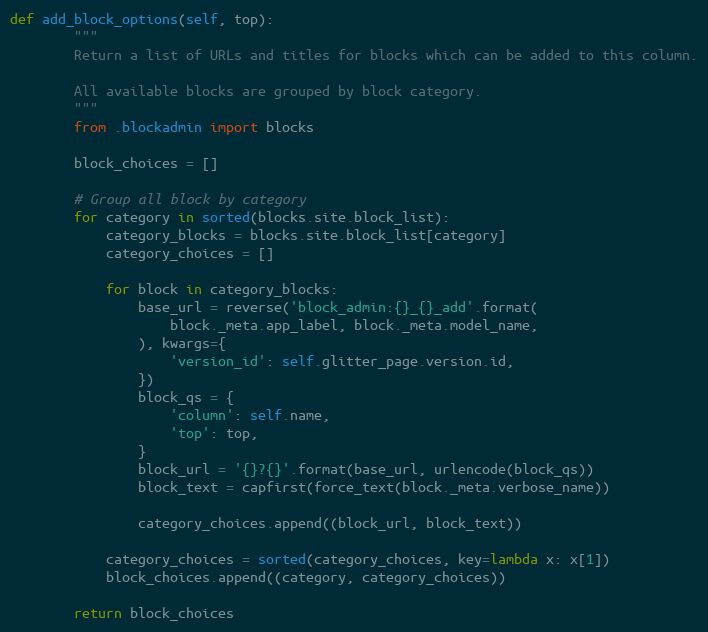
Language: Python
def add_block_options(self, top):
        """
        Return a list of URLs and titles for blocks which can be added to this column.

        All available blocks are grouped by block category.
        """
        from .blockadmin import blocks

        block_choices = []

        # Group all block by category
        for category in sorted(blocks.site.block_list):
            category_blocks = blocks.site.block_list[category]
            category_choices = []

            for block in category_blocks:
                base_url = reverse('block_admin:{}_{}_add'.format(
                    block._meta.app_label, block._meta.model_name,
                ), kwargs={
                    'version_id': self.glitter_page.version.id,
                })
                block_qs = {
                    'column': self.name,
                    'top': top,
                }
                block_url = '{}?{}'.format(base_url, urlencode(block_qs))
                block_text = capfirst(force_text(block._meta.verbose_name))

                category_choices.append((block_url, block_text))

            category_choices = sorted(category_choices, key=lambda x: x[1])
            block_choices.append((category, category_choices))

        return block_choices